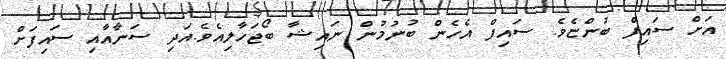
އަށް ސައިފް ބުންޏެވެ. ސައިފް އެހެން ބުނުމުން ނަައިޝާ ބޯޖަހާލިއެވެ.އަދި ސަނާއާއި ސައިފަށް